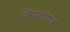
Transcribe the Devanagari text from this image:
वेंगाबॉयज